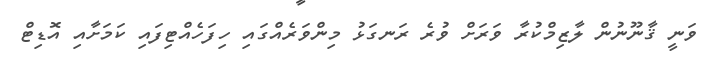
ވަނީ ޤާނޫނުން ލާޒިމްކުރާ ވަރަށް ވުރެ ރަނގަޅު މިންވަރެއްގައި ހިފަހެއްޓިފައި ކަމަށާއި އޮޑިޓް